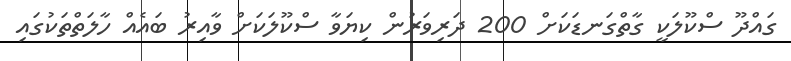
ގައްދޫ ސްކޫލަކީ ގާތްގަނޑަކަށް 200 ދަރިވަރުން ކިޔަވާ ސްކޫލަކަށް ވާއިރު ބައެއް ހާލަތްތަކުގައި